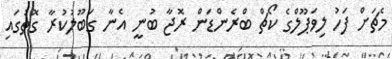
މެޗަށް ފަހު ލިވަޕޫލްގެ ކޯޗް ބްރެންޑަން ރޮޖާ ބުނީ އެނާ ގަބޫލުކުރާ ގޮތުގައި